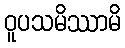
ဝူပသမိဿာမိ